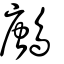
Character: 鶶